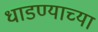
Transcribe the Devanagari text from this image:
धाडण्याच्या